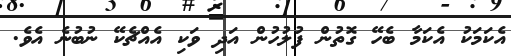
އެކަމަކު އެކަމާ ބެހޭ ގޮތުން ފުލުހުން އަދި ވަކި އެއްޗެކޭ ނުބުނެ އެވެ.